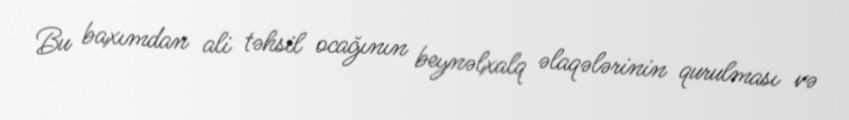
Bu baxımdan ali təhsil ocağının beynəlxalq əlaqələrinin qurulması və